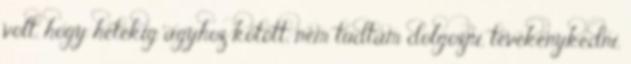
volt, hogy hetekig ágyhoz kötött, nem tudtam dolgozni, tevékenykedni,